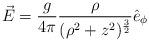
LaTeX: \begin{align*}\vec{E} = \frac{g}{4\pi} \frac{\rho}{(\rho^{2}+z^{2})^{\frac{3}{2}}}\hat{e}_{\phi}\end{align*}